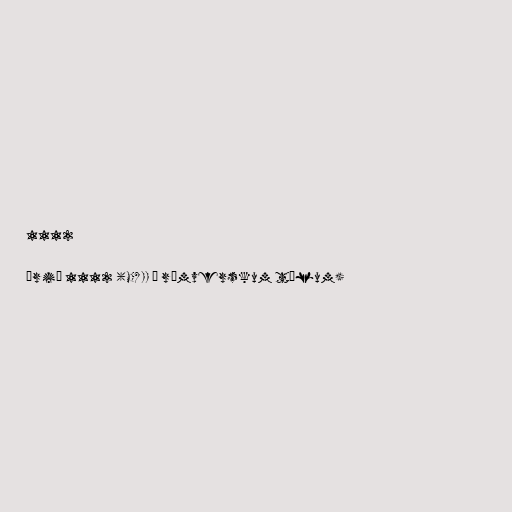
1112

Árið 1112 (MCXII í rómverskum tölum)